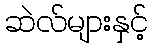
ဆဲလ်များနှင့်